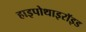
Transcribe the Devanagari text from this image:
हाइपोथाइरॉइड